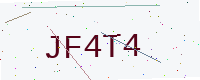
Text: JF4T4